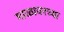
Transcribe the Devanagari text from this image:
माळावरच्या